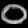
Digit: ၀